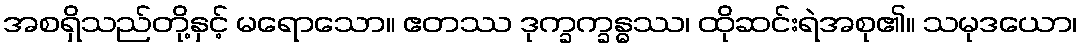
အစရှိသည်တို့နှင့် မရောသော။ ဧတဿ ဒုက္ခက္ခန္ဓဿ၊ ထိုဆင်းရဲအစု၏။ သမုဒယော၊